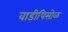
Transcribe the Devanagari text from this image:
वाडीपिसोळ